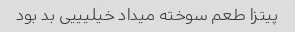
پیتزا طعم سوخته میداد خیلیییی بد بود